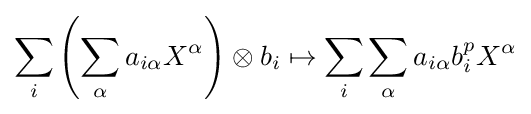
\sum _{i}\left(\sum _{\alpha }a_{i\alpha }X^{\alpha }\right)\otimes b_{i}\mapsto \sum _{i}\sum _{\alpha }a_{i\alpha }b_{i}^{p}X^{\alpha }